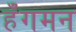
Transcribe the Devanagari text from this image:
हँगमन